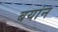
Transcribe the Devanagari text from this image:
बयांन